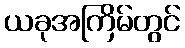
ယခုအကြိမ်တွင်